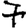
Digit: 7